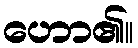
ဟော၏။